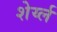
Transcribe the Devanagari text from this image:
शेर्य्ल